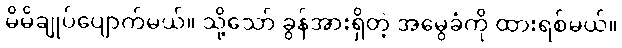
မိမိချုပ်ပျောက်မယ်။ သို့သော် ခွန်အားရှိတဲ့ အမွေခံကို ထားရစ်မယ်။